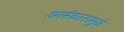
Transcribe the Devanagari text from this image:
अलंकारांमुळे